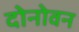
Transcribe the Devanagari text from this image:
दोनोवन